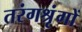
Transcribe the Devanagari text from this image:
तरंगश्रृंगों